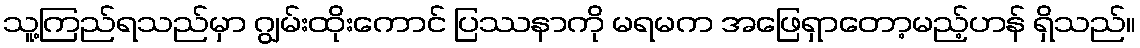
သူ့ကြည်ရသည်မှာ ဂျွမ်းထိုးကောင် ပြဿနာကို မရမက အဖြေရှာတော့မည့်ဟန် ရှိသည်။